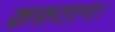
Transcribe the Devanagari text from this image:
क़फ़तान।